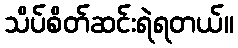
သိပ်စိတ်ဆင်းရဲရတယ်။